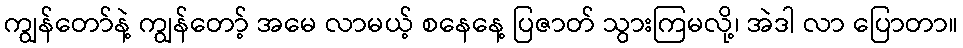
ကျွန်တော်နဲ့ ကျွန်တော့် အမေ လာမယ့် စနေနေ့ ပြဇာတ် သွားကြမလို့၊ အဲဒါ လာ ပြောတာ။